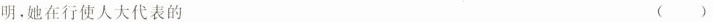
明。她在行使人大代表的 ( )